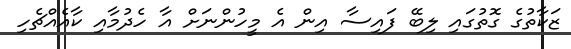
ޒަކާތުގެ ގޮތުގައި ލިބޭ ފައިސާ އިން އެ މީހުންނަށް އާ ހެދުމާއި ކާއެއްޗެހި